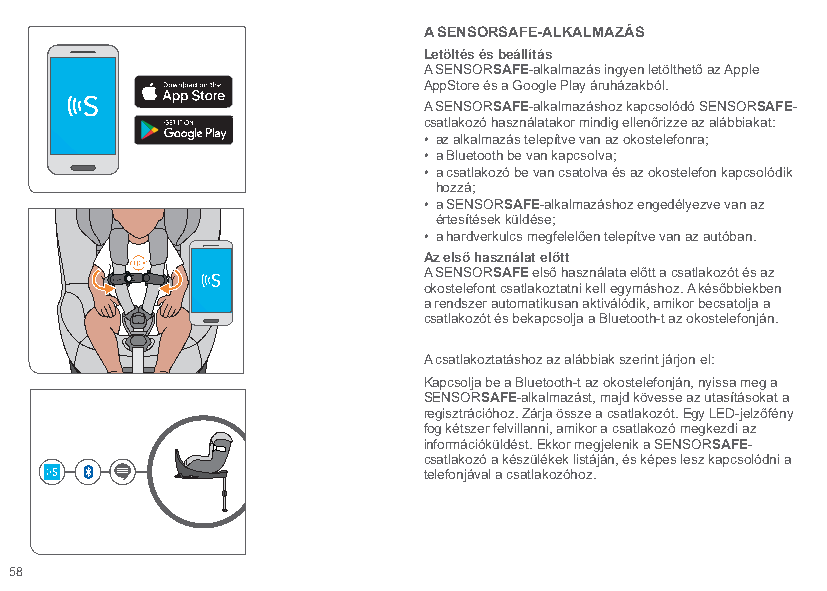
A SENSORSAFE-ALKALMAZÁS
 Letöltés és beállítás
 A SENSORSAFE-alkalmazás ingyen letölthető az Apple
 AppStore és a Google Play áruházakból.
 A SENSORSAFE-alkalmazáshoz kapcsolódó SENSORSAFE-
 csatlakozó használatakor mindig ellenőrizze az alábbiakat:
 • az alkalmazás telepítve van az okostelefonra;
 • a Bluetooth be van kapcsolva;
 • a csatlakozó be van csatolva és az okostelefon kapcsolódik
 hozzá;
 • a SENSORSAFE-alkalmazáshoz engedélyezve van az
 értesítések küldése;
 • a hardverkulcs megfelelően telepítve van az autóban.
 Az első használat előtt
 A SENSORSAFE első használata előtt a csatlakozót és az
 okostelefont csatlakoztatni kell egymáshoz. A későbbiekben
 a rendszer automatikusan aktiválódik, amikor becsatolja a
 csatlakozót és bekapcsolja a Bluetooth-t az okostelefonján.
 A csatlakoztatáshoz az alábbiak szerint járjon el:
 Kapcsolja be a Bluetooth-t az okostelefonján, nyissa meg a
 SENSORSAFE-alkalmazást, majd kövesse az utasításokat a
 regisztrációhoz. Zárja össze a csatlakozót. Egy LED-jelzőfény
 fog kétszer felvillanni, amikor a csatlakozó megkezdi az
 információküldést. Ekkor megjelenik a SENSORSAFE-
 csatlakozó a készülékek listáján, és képes lesz kapcsolódni a
 telefonjával a csatlakozóhoz.
 58